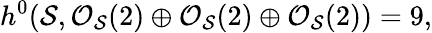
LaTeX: h^{0}({\cal S},{\cal O}_{{\cal S}}(2)\oplus{\cal O}_{{\cal S}}(2)\oplus{\cal O}_{{\cal S}}(2))=9,